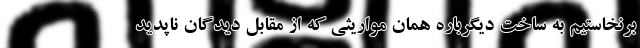
برنخاستیم به ساخت دیگرباره همان مواریثی که از مقابل دیدگان ناپدید